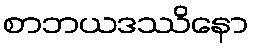
စာဘယဒဿိနော